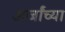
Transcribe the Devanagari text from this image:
अर्जांच्या